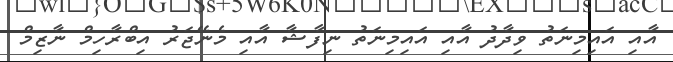
އާއި އައިމިނަތު ވިދާދު އާއި އައިމިނަތު ނިފާޝާ އާއި މެނޭޖަރު އިބްރާހިމް ނާޒިމް